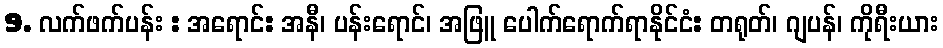
9. လက်ဖက်ပန်း : အရောင်: အနီ၊ ပန်းရောင်၊ အဖြူ ပေါက်ရောက်ရာနိုင်ငံ: တရုတ်၊ ဂျပန်၊ ကိုရီးယား